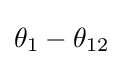
\theta _{1}-\theta _{12}